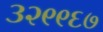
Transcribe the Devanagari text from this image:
३२९९६७